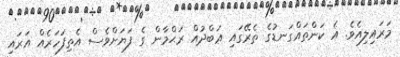
މަރައިލިއެވެ. އެ ކަންތައްގަނޑުގެ ތެރޭގައި ޢަބްދުއް ރަޙްމާން ގެ ފަޔަށްވެސް އެތިފަހަރެއް އަރައި